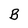
Character: B